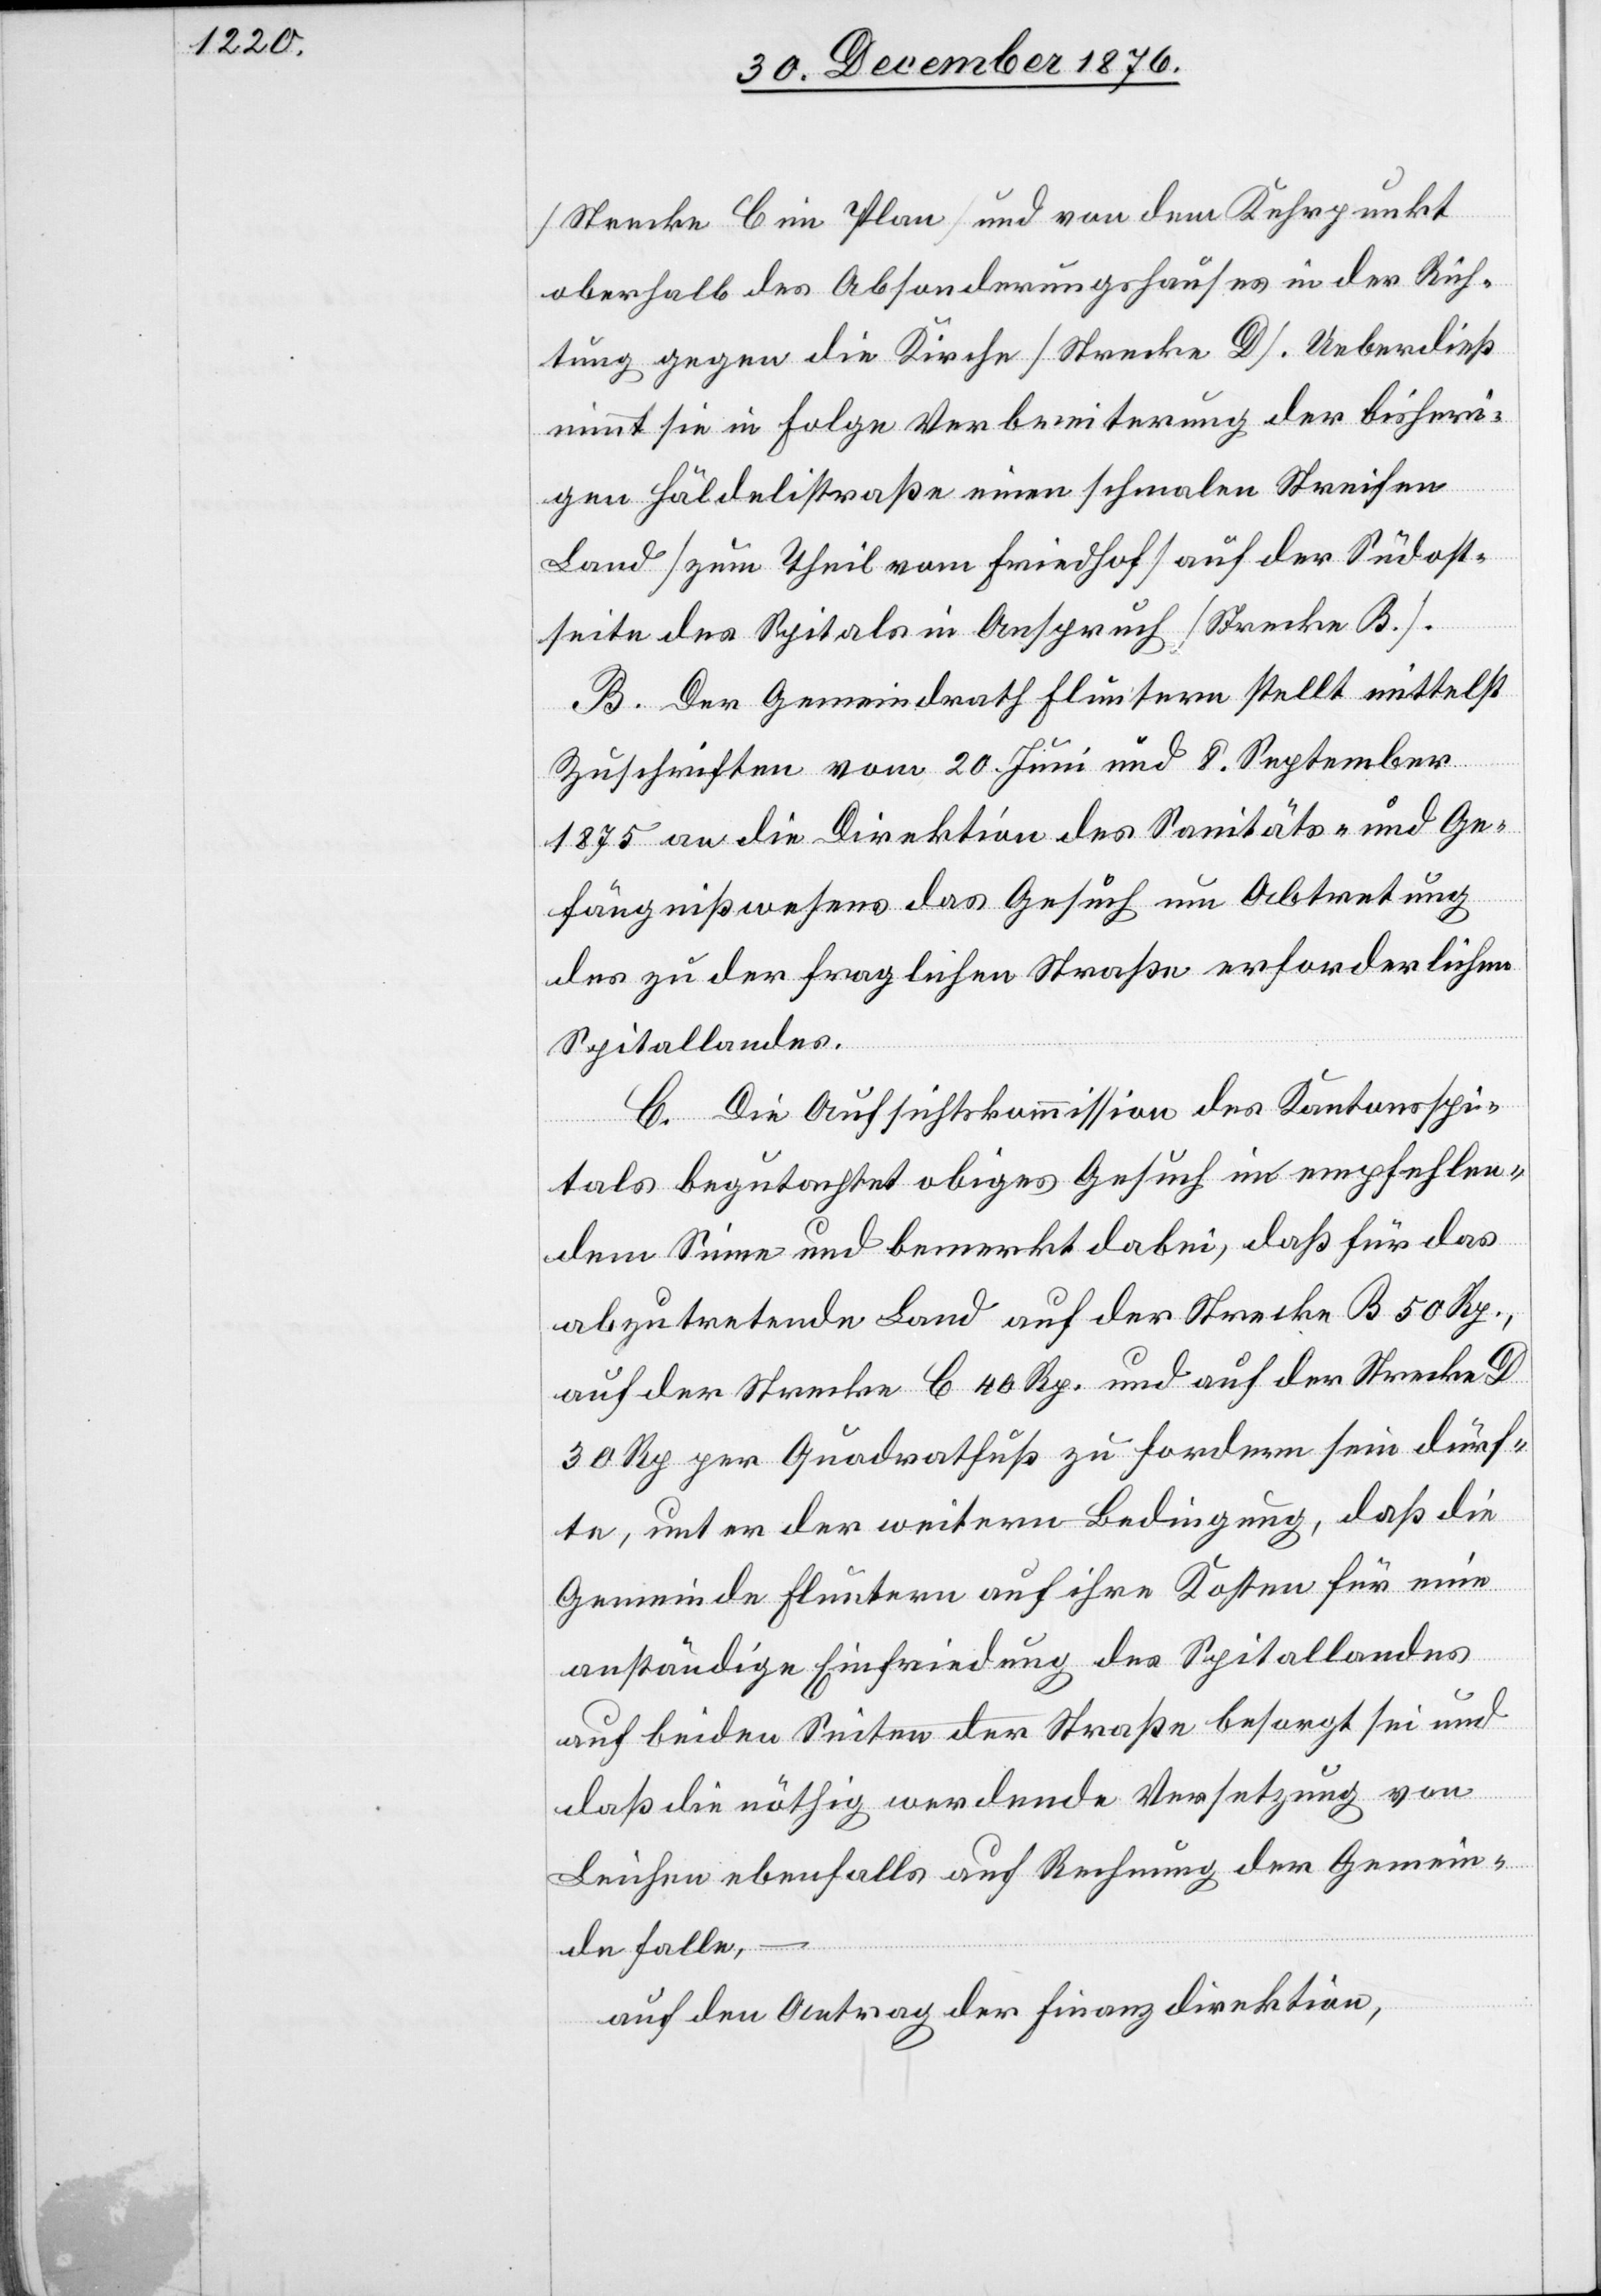
[Strecke C beim Plan] und von dem Kehrpunkt
oberhalb des Absonderungshauses in der Rich¬
tung gegen die Kirche [Strecke D]. Ueberdieß
nimmt sie in Folge Verbreiterung der bisheri¬
Rechnung der
gen Häldelistraße einen schmalen Streifen
Land [zum Theil vom Friedhof] auf der Süd¬
seite des Spitals in Anspruch [Strecke b.].
B. Der Gemeindrath Fluntern stellt mittelst
Zuschriften vom 20. Juni und 8. September
1875 an die Direktion des Sanitäts- und Ge¬
fängnißwesens das Gesuch um Abtretung
des zu der fraglichen Straße erforderlichen
Spitallandes.
C. Die Aufsichtskommission des Kantonsspi¬
tals begutachtet obiges Gesuch in empfehlen¬
dem Sinne und bemerkt dabei, daß für das
abzutretende Land auf der Strecke B 50 Rp.,
auf der Strecke C 40 Rp. und auf der Strecke D
30 Rp. per Quadratfuß zu fordern sein dürf¬
te, unter der weitern Bedingung, daß die
Gemeinde Fluntern auf ihre Kosten für eine
anständige Einfriedung des Spitallandes
auf beiden Seiten der Straße besorg sei und
daß die nöthig werdende Versetzung von
Gemein¬
de falle,
auf den Antrag der Finanzdirektion,